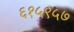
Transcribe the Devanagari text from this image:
६१५९५७